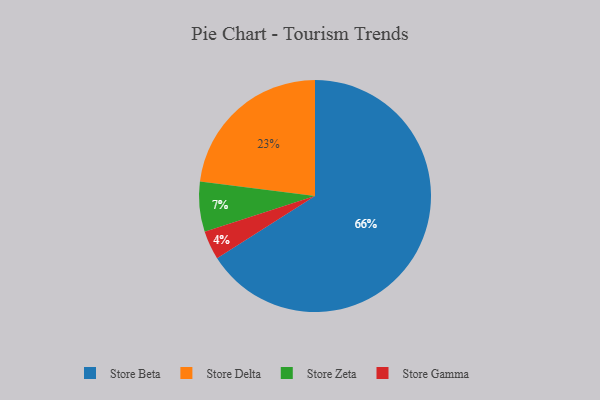
{"axis": {"x": "Category", "y": "Percentage"}, "legend": ["Store Beta", "Store Delta", "Store Gamma", "Store Zeta"], "data": [{"x": "Store Zeta", "y": 7, "type": "Store Zeta"}, {"x": "Store Gamma", "y": 4, "type": "Store Gamma"}, {"x": "Store Beta", "y": 66, "type": "Store Beta"}, {"x": "Store Delta", "y": 23, "type": "Store Delta"}]}